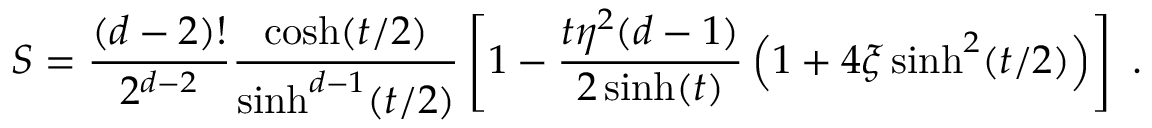
S = \frac { ( d - 2 ) ! } { 2 ^ { d - 2 } } \frac { \cosh ( t / 2 ) } { \sinh ^ { d - 1 } ( t / 2 ) } \left[ 1 - \frac { t \eta ^ { 2 } ( d - 1 ) } { 2 \sinh ( t ) } \left( 1 + 4 \xi \sinh ^ { 2 } ( t / 2 ) \right) \right] \ .